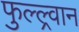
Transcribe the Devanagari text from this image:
फुल्ल्र्वान